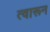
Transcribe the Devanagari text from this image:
त्वारून